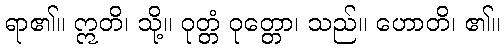
ရာ၏။ ဣတိ၊ သို့။ ဝုတ္တံ ဝုတ္တော၊ သည်။ ဟောတိ၊ ၏။